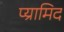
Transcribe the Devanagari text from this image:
प्य्रामिद